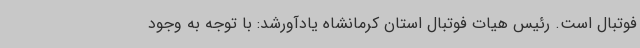
فوتبال است. رئیس هیات فوتبال استان کرمانشاه یادآورشد: با توجه به وجود